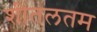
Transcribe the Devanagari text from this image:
शीतलतम